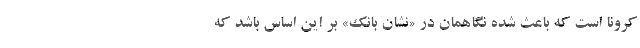
کرونا است که باعث شده نگاهمان در «نشان بانک» بر این اساس باشد که